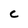
Character: c